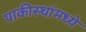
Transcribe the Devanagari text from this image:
पाकीस्थांमध्ये